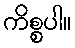
ကိစ္စပါ။